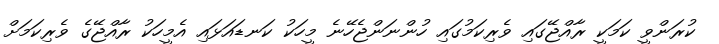
ކުރަންވީ ކަމަކީ ރާއްޖޭގައި ވެރިކަމުގައި ހުންނަންޖެހޭނެ މީހަކު ކަނޑައަޅައި އެމީހަކު ރާއްޖޭގެ ވެރިކަމަށް